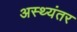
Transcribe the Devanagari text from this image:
अस्थ्यंतर